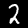
Label: 2